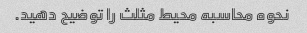
نحوه محاسبه محیط مثلث را توضیح دهید.